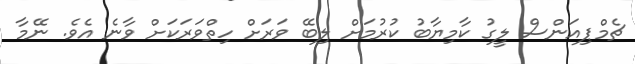
ޗެމްޕިއަންސް ލީގު ކާމިޔާބު ކުރުމަށް ލިބޭ ވަރަށް ހިތްވަރަކަށް ވާނެ އެވެ. ނޭމާ